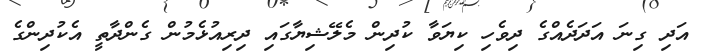
އަދި ގިނަ އަދަދެއްގެ ދިވެހި ކިޔަވާ ކުދިން މެލޭޝިޔާގައި ދިރިއުޅެމުން ގެންދާތީ އެކުދިންގެ